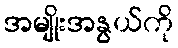
အမျိုးအနွယ်ကို